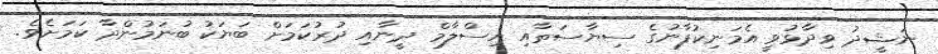
ނަޝީދު ވިދާޅުވީ އެމަނިކުފާނުގެ ސިޔާސަތާއި އިސްލާމް ދީނާއި ދުރުކަމަށް ބަޔަކު ބުނަމުންދާ ކަމަށެވެ.